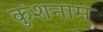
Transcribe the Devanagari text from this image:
कुशनाम